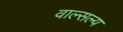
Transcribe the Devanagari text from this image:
वाल्सल्य